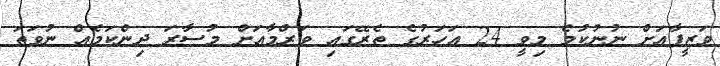
ވަޒީފާއަށް ނުނުކުމެ މިވީ 24 އަހަރުގެ ތެރޭގައި ވަރްމާއަށް މުސާރަ ދިންކަމެއް ނުވަތަ